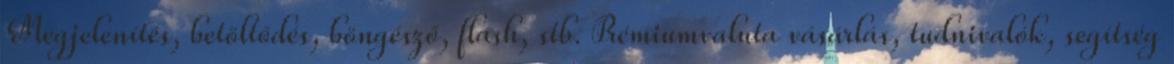
Megjelenítés, betöltődés, böngésző, flash, stb. Prémiumvaluta vásárlás, tudnivalók, segítség